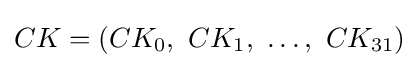
CK=(CK_{0},\ CK_{1},\ \ldots ,\ CK_{31})